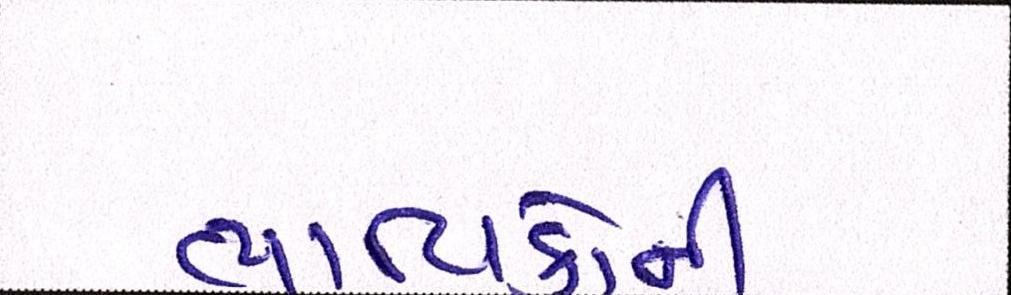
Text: ભાવિકોની